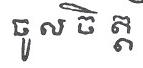
ចូល ចិ ត្ត